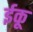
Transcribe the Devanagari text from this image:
ईकू